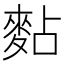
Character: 䴴